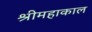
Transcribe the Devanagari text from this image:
श्रीमहाकाल